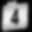
Digit: 4